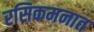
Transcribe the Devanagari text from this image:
रसिकमनात